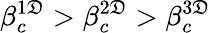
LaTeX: \beta_{c}^{1\mathfrak{D}}>\beta_{c}^{2\mathfrak{D}}>\beta_{c}^{3\mathfrak{D}}